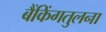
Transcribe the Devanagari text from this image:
बैंकिंगतुलना